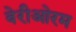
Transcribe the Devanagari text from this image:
वेरीओरम